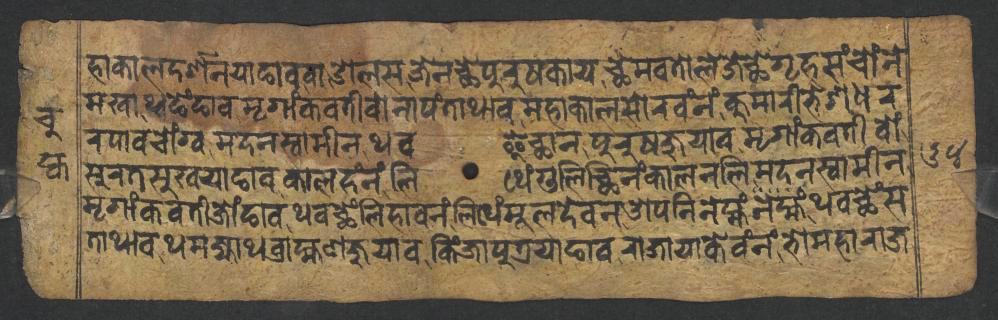
𑐴𑐵𑐎𑐵𑐮𑐡𑐬𑑂𑐱𑐣𑐫𑐵𑐒𑐵𑐰𑐰𑐵𑐌𑐮𑐳𑐖𑐾𑐣𑐕𑐾𑐥𑐸𑐬𑐸𑐲𑐎𑐵𑐫𑐕𑐾𑐩𑐰𑐟𑑀𑐮𑐾𑐖𑐾𑐕𑐾𑐐𑐺𑐴𑐳𑑄𑐔𑑀𑑄𑐣𑐾 𑐩𑐏𑐵𑐠𑑂𑐰𑐒𑐾𑑄𑐒𑐵𑐰𑐩𑐺𑐐𑐵𑑄𑐎𑐰𑐟𑐷𑐰𑑀𑐣𑐵𑐥𑑄𑐟𑐵𑐠𑐵𑐰𑐩𑐴𑐵𑐎𑐵𑐮𑐳𑑀𑐬𑐰𑑄𑐣𑑄𑐎𑐸𑐩𑐵𑐬𑐷𑐨𑐾𑐱𑐢𑐬 𑐬𑐥𑐵𑐰𑐔𑑀𑑄𑐐𑑂𑐰𑐩𑐡𑐣𑐳𑑂𑐰𑐵𑐩𑐷𑐣𑐠𑐰𑐿𑐔𑑂𑐕𑐵𑐣𑐥𑐸𑐬𑐸𑐲𑐖𑐸𑐫𑐵𑐰𑐩𑐺𑐐𑐵𑑄𑐎𑐰𑐟𑐷𑐰𑑀𑑄 𑐳𑐸𑐬𑐟𑐳𑐸𑐏𑐫𑐵𑐒𑐵𑐰𑐎𑐵𑐮𑐴𑑄𑐣𑑄𑐮𑐶𑐠𑐾𑑄𑐐𑐸𑐮𑐶𑐕𑐶𑐣𑑄𑐎𑐵𑐮𑐣𑐮𑐶𑐩𑐡𑐣𑐳𑑂𑐰𑐵𑐩𑐷𑐣 𑐩𑐺𑐐𑐵𑑄𑐎𑐰𑐟𑐷𑐖𑑀𑑄𑐒𑐵𑐰𑐠𑐰𑐕𑐾𑑄𑐮𑐶𑐴𑐵𑐰𑐣𑑄𑐮𑐶𑐠𑐾𑑄𑐩𑐹𑐮𑐡𑐾𑐰𑐣𑐌𑐥𑐣𑐶𑐣𑐾𑐩𑑂𑐴𑑄𑐠𑐰𑐕𑐾𑑄𑐳 𑐟𑐵𑐠𑐵𑐰𑐠𑐩𑐖𑑂𑐫𑐵𑐠𑐧𑑂𑐬𑐵𑐴𑑂𑐩𑐞𑐖𑐸𑐫𑐵𑐰𑐎𑐶𑑄𑐖𑐵𑐥𑐸𑐟𑑂𑐬𑐫𑐵𑐒𑐵𑐰𑐬𑐵𑐖𑐵𑐫𑐵𑐎𑐾𑐰𑑄𑐣𑑄𑐨𑑀𑐩𑐴𑐵𑐬𑐵𑐖